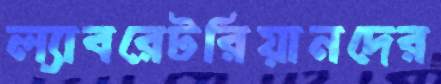
ল্যাবরেটরিয়ানদের